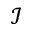
\mathcal { I }